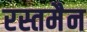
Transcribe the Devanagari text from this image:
रस्तमैन